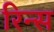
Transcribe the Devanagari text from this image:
रिन्स